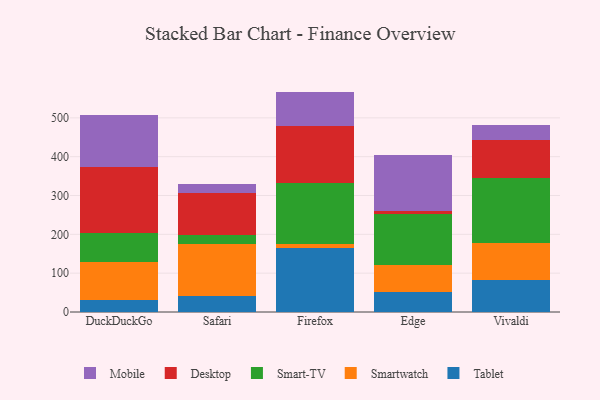
{"axis": {"x": "Browser", "y": "Backlog"}, "legend": ["Desktop", "Mobile", "Smart-TV", "Smartwatch", "Tablet"], "data": [{"x": "DuckDuckGo", "y": 30.3, "type": "Tablet"}, {"x": "DuckDuckGo", "y": 99.4, "type": "Smartwatch"}, {"x": "DuckDuckGo", "y": 74.8, "type": "Smart-TV"}, {"x": "DuckDuckGo", "y": 169.4, "type": "Desktop"}, {"x": "DuckDuckGo", "y": 133.4, "type": "Mobile"}, {"x": "Safari", "y": 40.9, "type": "Tablet"}, {"x": "Safari", "y": 133.7, "type": "Smartwatch"}, {"x": "Safari", "y": 24.4, "type": "Smart-TV"}, {"x": "Safari", "y": 106.8, "type": "Desktop"}, {"x": "Safari", "y": 23.5, "type": "Mobile"}, {"x": "Firefox", "y": 165.5, "type": "Tablet"}, {"x": "Firefox", "y": 10.2, "type": "Smartwatch"}, {"x": "Firefox", "y": 156.7, "type": "Smart-TV"}, {"x": "Firefox", "y": 145.4, "type": "Desktop"}, {"x": "Firefox", "y": 89.8, "type": "Mobile"}, {"x": "Edge", "y": 51.3, "type": "Tablet"}, {"x": "Edge", "y": 68.7, "type": "Smartwatch"}, {"x": "Edge", "y": 132.4, "type": "Smart-TV"}, {"x": "Edge", "y": 8.2, "type": "Desktop"}, {"x": "Edge", "y": 143.7, "type": "Mobile"}, {"x": "Vivaldi", "y": 82.5, "type": "Tablet"}, {"x": "Vivaldi", "y": 96.0, "type": "Smartwatch"}, {"x": "Vivaldi", "y": 166.7, "type": "Smart-TV"}, {"x": "Vivaldi", "y": 97.5, "type": "Desktop"}, {"x": "Vivaldi", "y": 39.5, "type": "Mobile"}]}